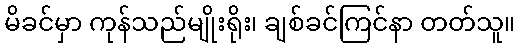
မိခင်မှာ ကုန်သည်မျိုးရိုး၊ ချစ်ခင်ကြင်နာ တတ်သူ။